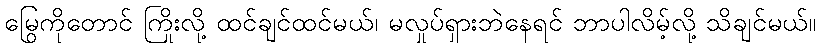
မြွေကိုတောင် ကြိုးလို့ ထင်ချင်ထင်မယ်၊ မလှုပ်ရှားဘဲနေရင် ဘာပါလိမ့်လို့ သိချင်မယ်။